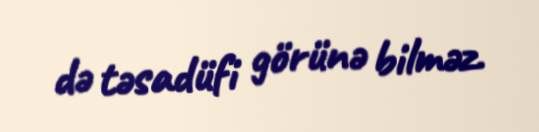
də təsadüfi görünə bilməz.